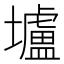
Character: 壚